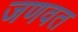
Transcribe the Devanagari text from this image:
जणवत